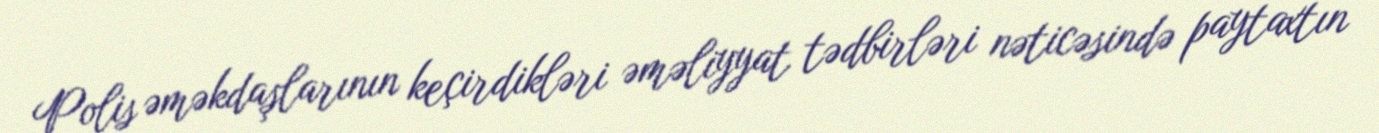
Polis əməkdaşlarının keçirdikləri əməliyyat tədbirləri nəticəsində paytaxtın